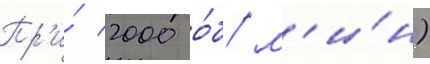
Пр'и́ 2000 о́б/ м'и́н)